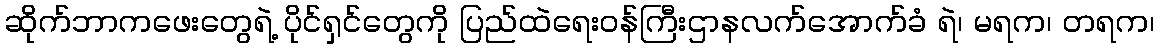
ဆိုက်ဘာကဖေးတွေရဲ့ ပိုင်ရှင်တွေကို ပြည်ထဲရေးဝန်ကြီးဌာနလက်အောက်ခံ ရဲ၊ မရက၊ တရက၊